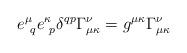
LaTeX: \begin{align*}e^\mu_{~q} e^\kappa_{~p} \delta^{q p} \Gamma^\nu _{\mu \kappa} =g^{\mu \kappa} \Gamma^\nu_{\mu \kappa}\end{align*}